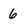
Character: 6